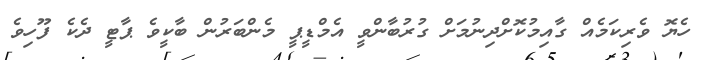
ހެޔޮ ވެރިކަމެއް ގާއިމުކޮށްދިނުމަށް ގުރުބާންވީ އެމްޑީޕީ މެންބަރުން ބާކީވެ ޕާޓީ ދެކެ ފޫހިވެ